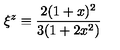
\xi ^ { z } \equiv \frac { 2 ( 1 + x ) ^ { 2 } } { 3 ( 1 + 2 x ^ { 2 } ) }